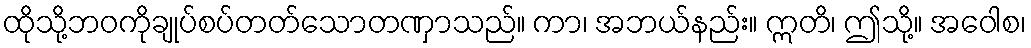
ထိုသို့ဘဝကိုချုပ်စပ်တတ်သောတဏှာသည်။ ကာ၊ အဘယ်နည်း။ ဣတိ၊ ဤသို့။ အဝေါစ၊